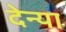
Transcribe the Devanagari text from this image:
देन्या